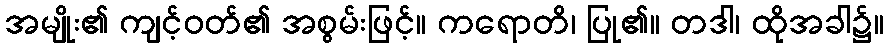
အမျိုး၏ ကျင့်ဝတ်၏ အစွမ်းဖြင့်။ ကရောတိ၊ ပြု၏။ တဒါ၊ ထိုအခါ၌။